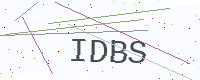
Text: IDBS